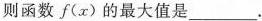
则函数f(x)的最大值是_______。